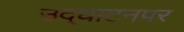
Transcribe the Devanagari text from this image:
उद्‌घाटनपर